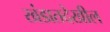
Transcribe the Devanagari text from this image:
खंडातदेखील